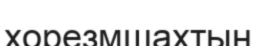
хорезмшахтың